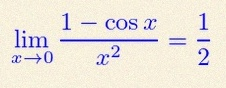
\lim_{x\to0}\frac{1-\cos x}{x^2}=\frac12